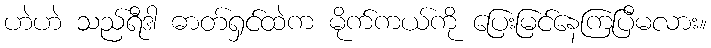
ဟဲဟဲ သည်ရီဒါ ဓာတ်ရှင်ထဲက မိုက်ကယ်ကို ပြေးမြင်နေကြပြီမလား။